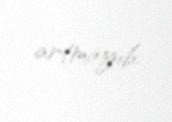
artmayıb.